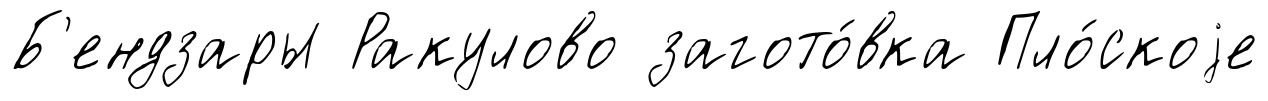
Б'ендзары Ракулово загото́вка Пло́скоjе